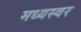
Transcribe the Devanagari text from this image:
मध्यस्वर